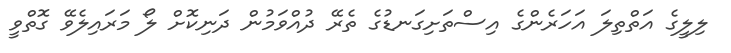
ލިލީގެ އަތްތިލަ އަހަރެންގެ އިސްތަށިގަނޑުގެ ތެރޭ ދުއްވަމުން ދަނިކޮށް ލޯ މަރައިލެވޭ ގޮތްވީ